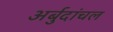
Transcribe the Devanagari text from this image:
अर्बुदांचल